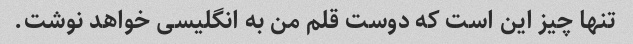
تنها چیز این است که دوست قلم من به انگلیسی خواهد نوشت.